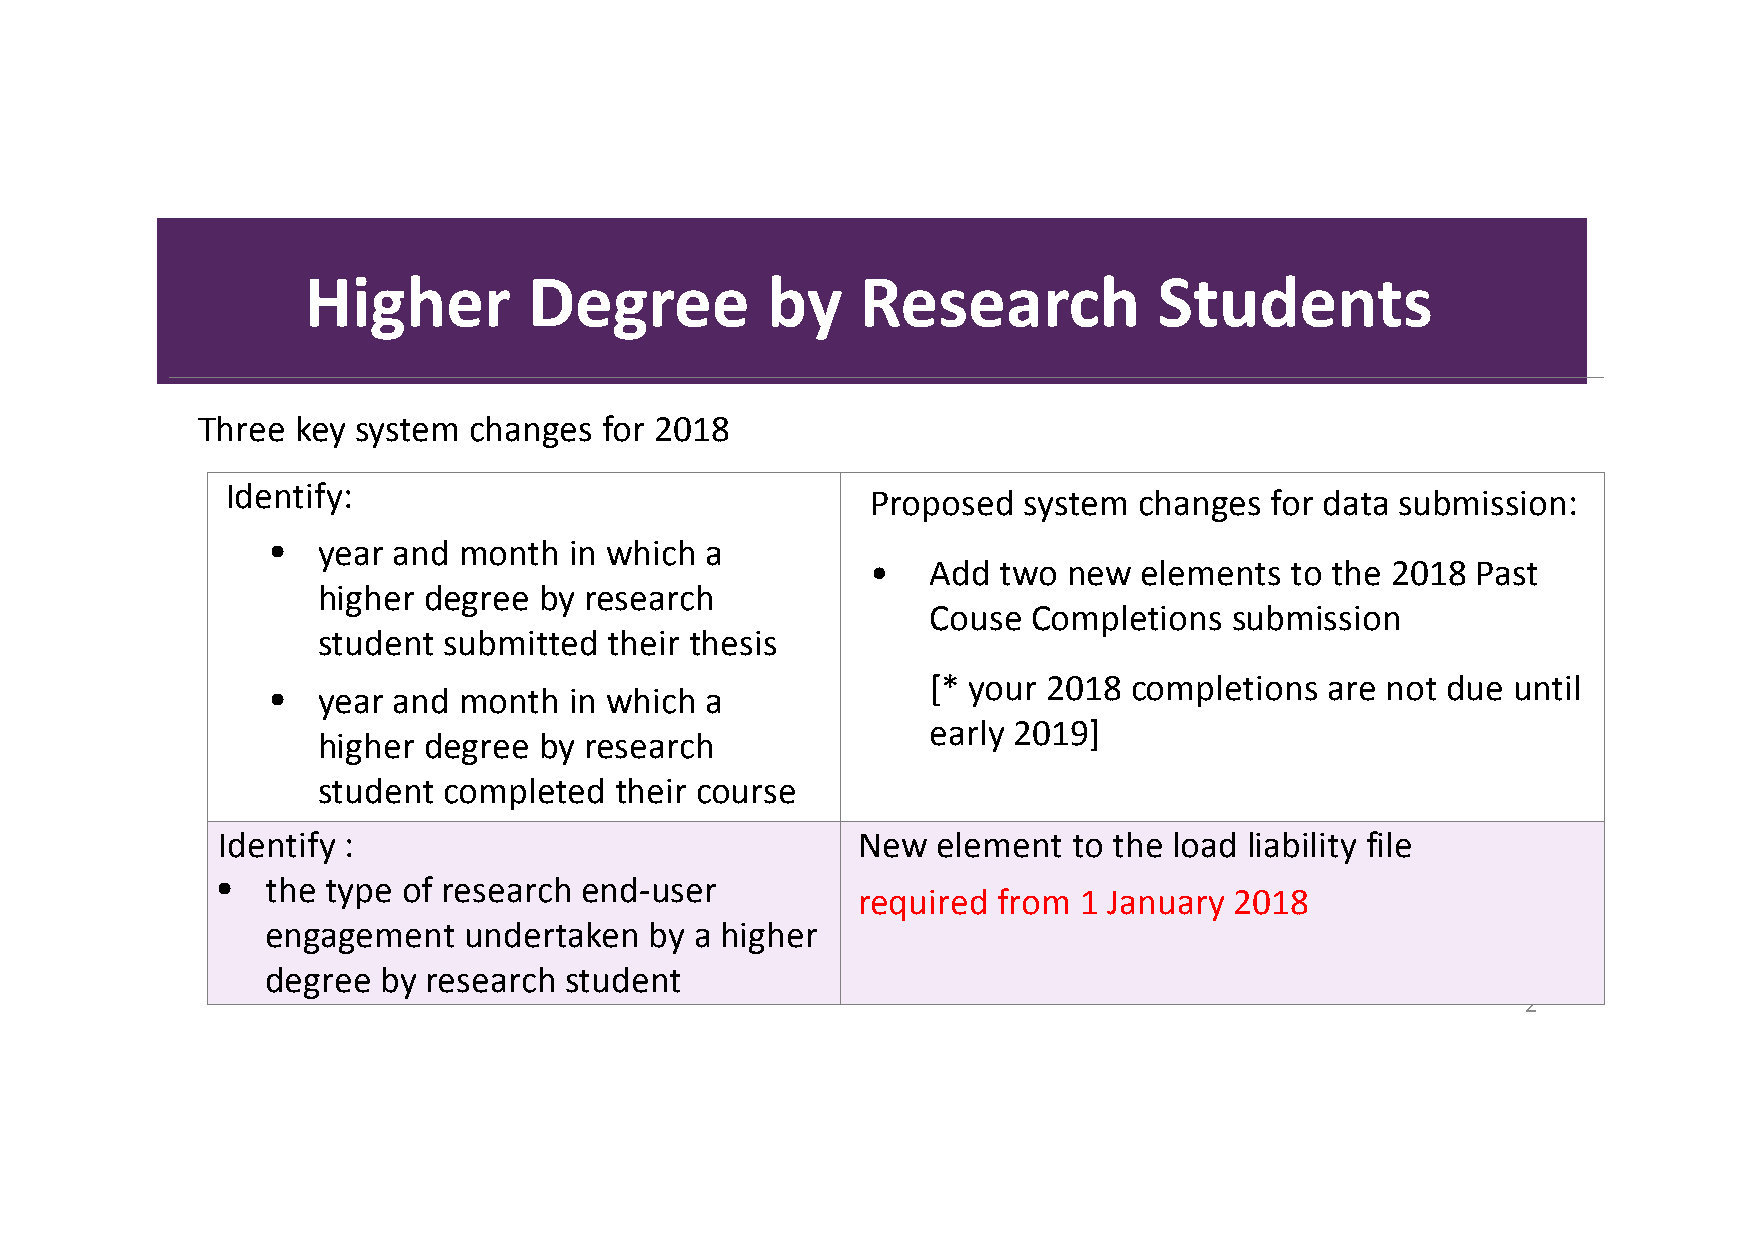
Higher         Degree          by    Research            Students
 Three  key system changes  for 2018
 Identify:
 Proposed  system changes  for data submission:
 •  year and month   in which a
 •   Add two  new elements  to the 2018  Past
 higher degree  by research
 Couse Completions   submission
 student submitted  their thesis
 [* your 2018 completions  are not due until
 •  year and month   in which a
 early 2019]
 higher degree  by research
 student completed   their course
 Identify :                                 New  element  to the load liability file
 •   the type of research end‐user
 required from 1 January  2018
 engagement   undertaken  by a higher
 degree by research student
 2